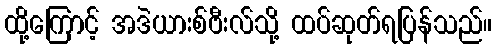
ထို့ကြောင့် အဒဲယားစ်ဗီးလ်သို့ ထပ်ဆုတ်ရပြန်သည်။